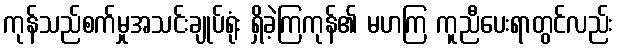
ကုန်သည်စက်မှုအသင်းချုပ်ရုံး ရှိခဲ့ကြကုန်၏ မဟကြ ကူညီပေးရာတွင်လည်း